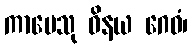
ကာမေသု ဝိနယ ဂေဓံ၊